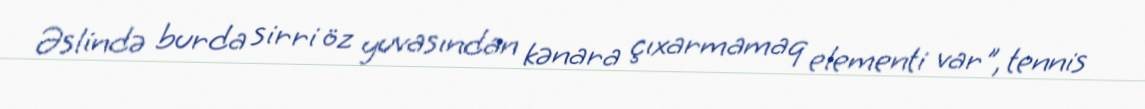
Əslində burda sirri öz yuvasından kənara çıxarmamaq elementi var", tennis